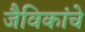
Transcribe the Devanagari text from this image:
जैविकांचे